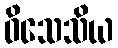
ဝိသေသိယ